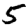
Digit: 5